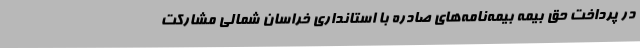
در پرداخت حق بیمه بیمه‌نامه‌های صادره با استانداری خراسان شمالی مشارکت